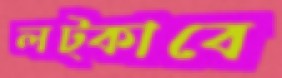
লট্‌কাবে